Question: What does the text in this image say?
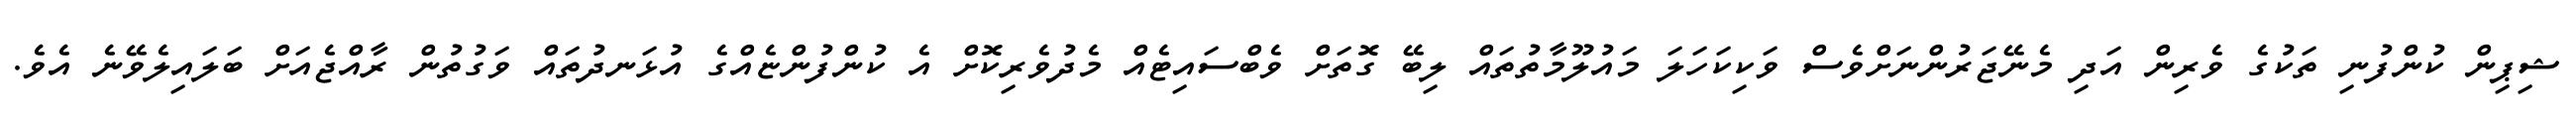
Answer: ޝިޕިން ކުންފުނި ތަކުގެ ވެރިން އަދި މެނޭޖަރުންނަށްވެސް ވަކިކަހަލަ މައުލޫމާތުތައް ލިބޭ ގޮތަށް ވެބްސައިޓެއް މެދުވެރިކޮށް އެ ކުންފުންޏެއްގެ އުޅަނދުތައް ވަގުތުން ރާއްޖެއަށް ބަލައިލެވޭނެ އެވެ.